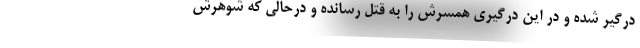
درگیر شده و در این درگیری همسرش را به قتل رسانده و درحالی که شوهرش